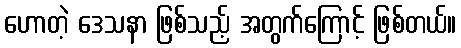
ဟောတဲ့ ဒေသနာ ဖြစ်သည့် အတွက်ကြောင့် ဖြစ်တယ်။